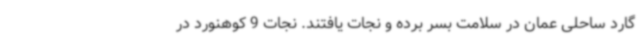
گارد ساحلی عمان در سلامت بسر برده و نجات یافتند. نجات 9 کوهنورد در